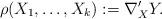
LaTeX: \begin{align*}\rho(X_1,\dots, X_k):=\nabla'_XY.\end{align*}